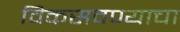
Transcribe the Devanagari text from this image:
विकसवण्याचा